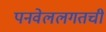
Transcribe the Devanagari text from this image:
पनवेललगतची